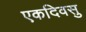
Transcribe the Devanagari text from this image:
एकदिवसु